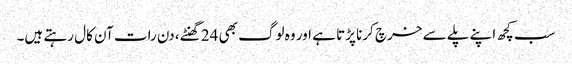
سب کچھ اپنے پلے سے خرچ کرنا پڑتا ہے اور وہ لوگ بھی 24 گھنٹے، دن رات آن کال رہتے ہیں۔